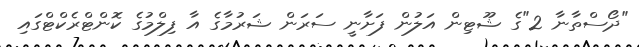
"ދޯސްތާނާ 2"ގެ ޝޫޓިން އަލުން ފަށާނީ ސަރަން ޝަރުމާގެ އާ ފިލްމުގެ ކޮންޓްރެކްޓްގައި